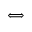
\Longleftrightarrow